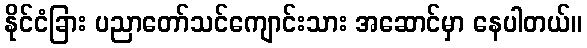
နိုင်ငံခြား ပညာတော်သင်ကျောင်းသား အဆောင်မှာ နေပါတယ်။